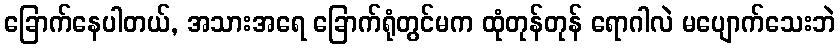
ခြောက်နေပါတယ်, အသားအရေ ခြောက်ရုံတွင်မက ထုံတုန်တုန် ရောဂါလဲ မပျောက်သေးဘဲ